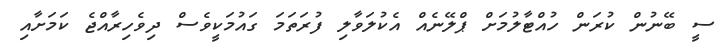
ސީ ބޭނުން ކުރަން ހުއްޓާލުމަށް ޕްލޭނެއް އެކުލަވާލި ފުރަތަމަ ގައުމަކީވެސް ދިވެހިރާއްޖެ ކަމަށާއި